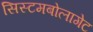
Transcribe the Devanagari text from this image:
सिस्टमबोलागेट